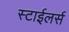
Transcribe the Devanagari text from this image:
स्टाईलर्स